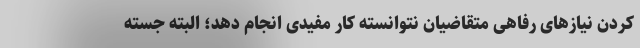
کردن نیازهای رفاهی متقاضیان نتوانسته کار مفیدی انجام دهد؛ البته جسته